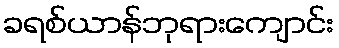
ခရစ်ယာန်ဘုရားကျောင်း